Subject: cs
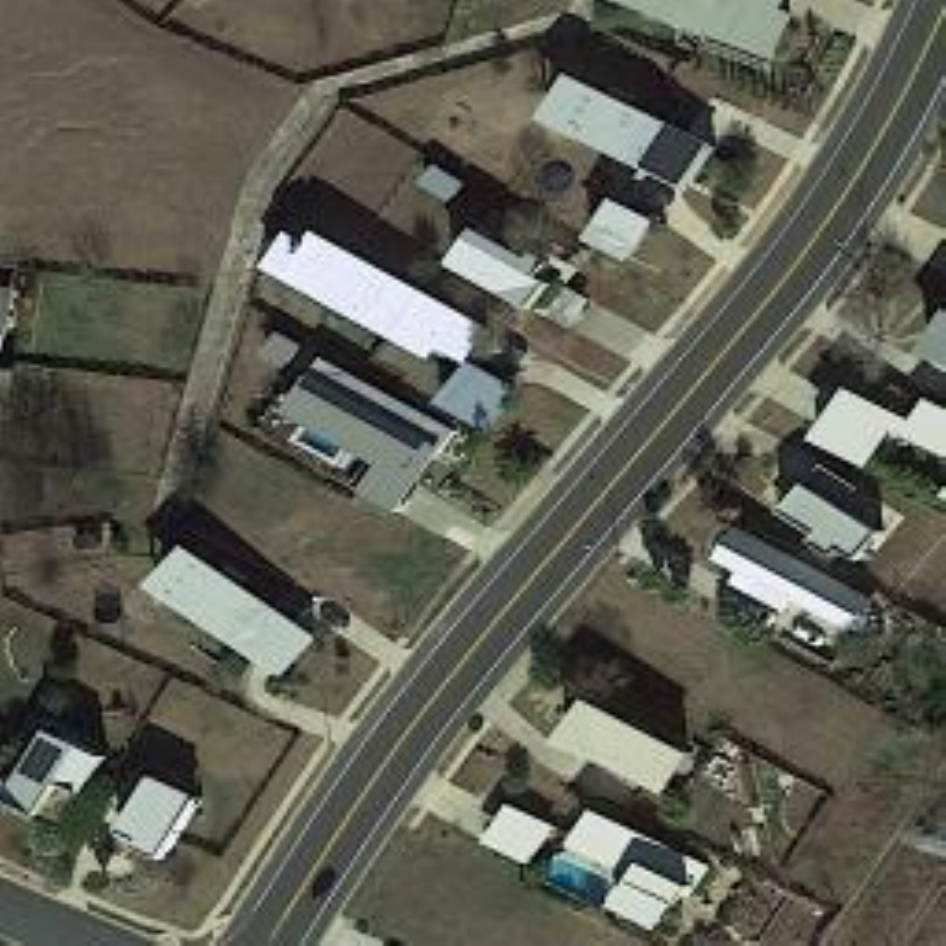
LaTeX code:
        \begin{tikzpicture}
            \node[anchor=south west,inner sep=0] at (0,0) {\includegraphics[width=.99\textwidth]{6755_imgs_levir_bit_B_1771.jpg}};
        \end{tikzpicture}